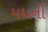
મધની